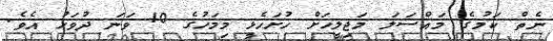
ނެތް ކަމުގެ މައްސަލަ މަޖިލީހަށް ހުށަހެޅީ މިމަހުގެ 10 ވަނަ ދުވަހު އެވެ.